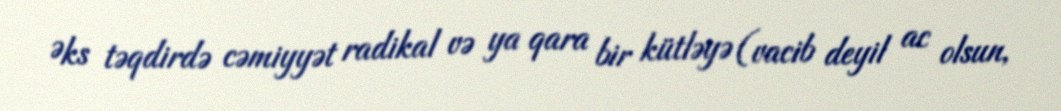
Əks təqdirdə cəmiyyət radikal və ya qara bir kütləyə (vacib deyil ac olsun,